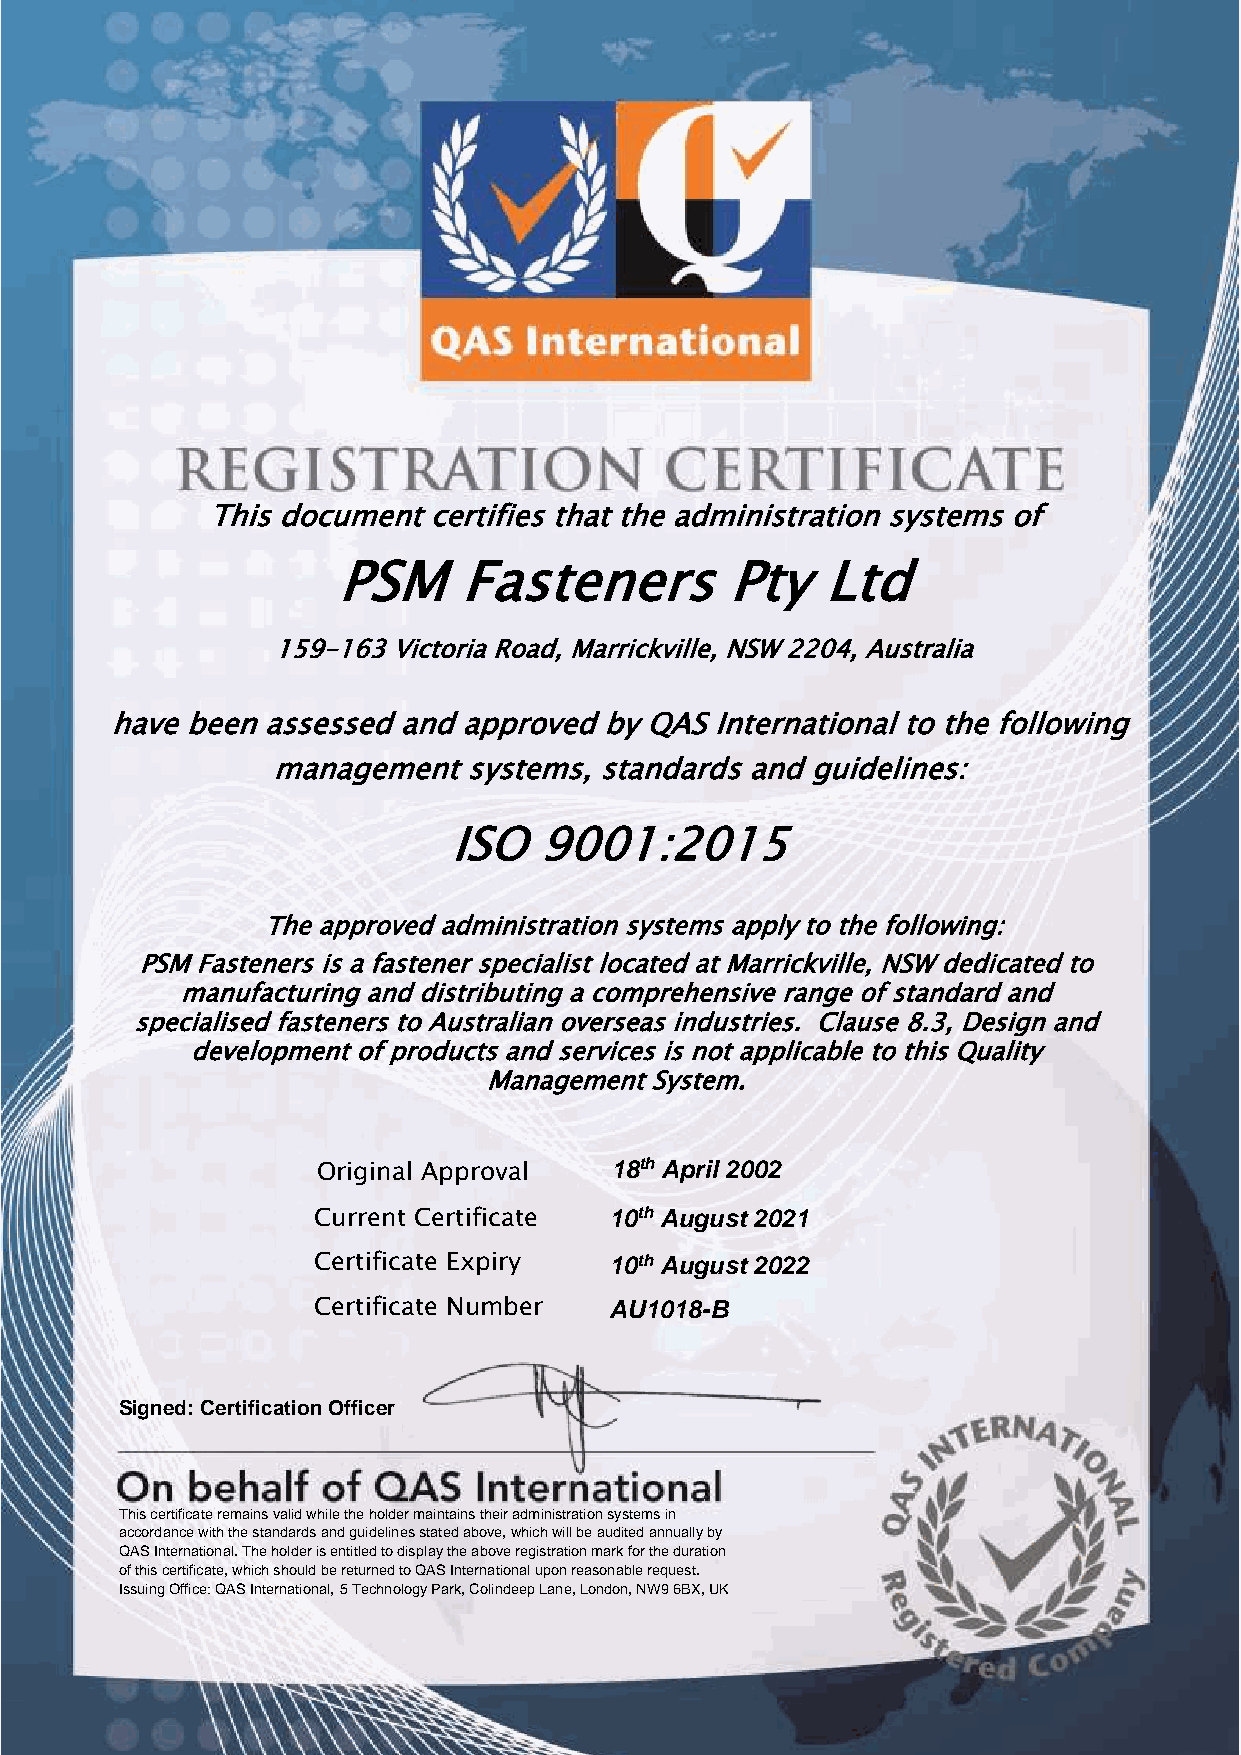
This document certifies that the administration systems of
 PSM     Fasteners         Pty   Ltd
 159-163 Victoria Road, Marrickville, NSW 2204, Australia
 have been assessed and approved  by QAS International to the following
 management   systems, standards and guidelines:
 ISO   9001:2015
 The approved administration systems apply to the following:
 PSM Fasteners is a fastener specialist located at Marrickville, NSW dedicated to
 manufacturing and distributing a comprehensive range of standard and
 specialised fasteners to Australian overseas industries. Clause 8.3, Design and
 development of products and services is not applicable to this Quality
 Management System.
 Original Approval  18th April 2002
 Current Certificate 10th August 2021
 Certificate Expiry 10th August 2022
 Certificate Number AU1018-B
 Signed: Certification Officer
 This certificate remains valid while the holder maintains their administration systems in
 accordance with the standards and guidelines stated above, which will be audited annually by
 QAS International. The holder is entitled to display the above registration mark for the duration
 of this certificate, which should be returned to QAS International upon reasonable request.
 Issuing Office: QAS International, 5 Technology Park, Colindeep Lane, London, NW9 6BX, UK